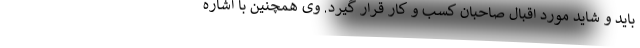
باید و شاید مورد اقبال صاحبان کسب و کار قرار گیرد. وی همچنین با اشاره